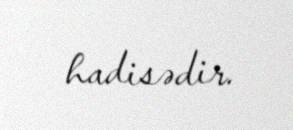
hadisədir.